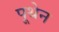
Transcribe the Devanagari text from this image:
पूथेन